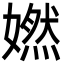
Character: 㜣